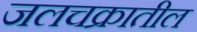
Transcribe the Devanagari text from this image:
जलचक्रातील